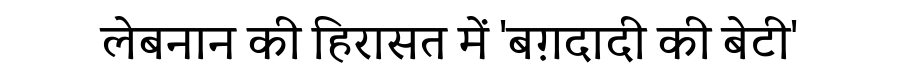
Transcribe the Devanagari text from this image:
लेबनान की हिरासत में 'बग़दादी की बेटी'